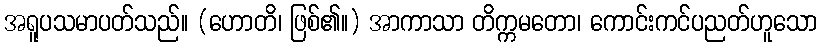
အရူပသမာပတ်သည်။ (ဟောတိ၊ ဖြစ်၏။) အာကာသာ တိက္ကမတော၊ ကောင်းကင်ပညတ်ဟူသော